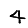
Digit: 4